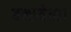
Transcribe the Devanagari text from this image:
बनायेगा।